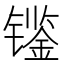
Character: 𰿀